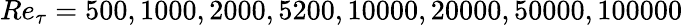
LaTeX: Re_{\tau}=500,1000,2000,5200,10000,20000,50000,100000